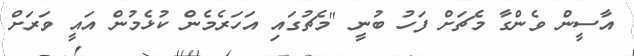
އާސީން ވެންގާ މެޗަށް ފަހު ބުނީ "މެޗުގައި އަހަރެމެން ކުޅެމުން އައީ ވަރަށް